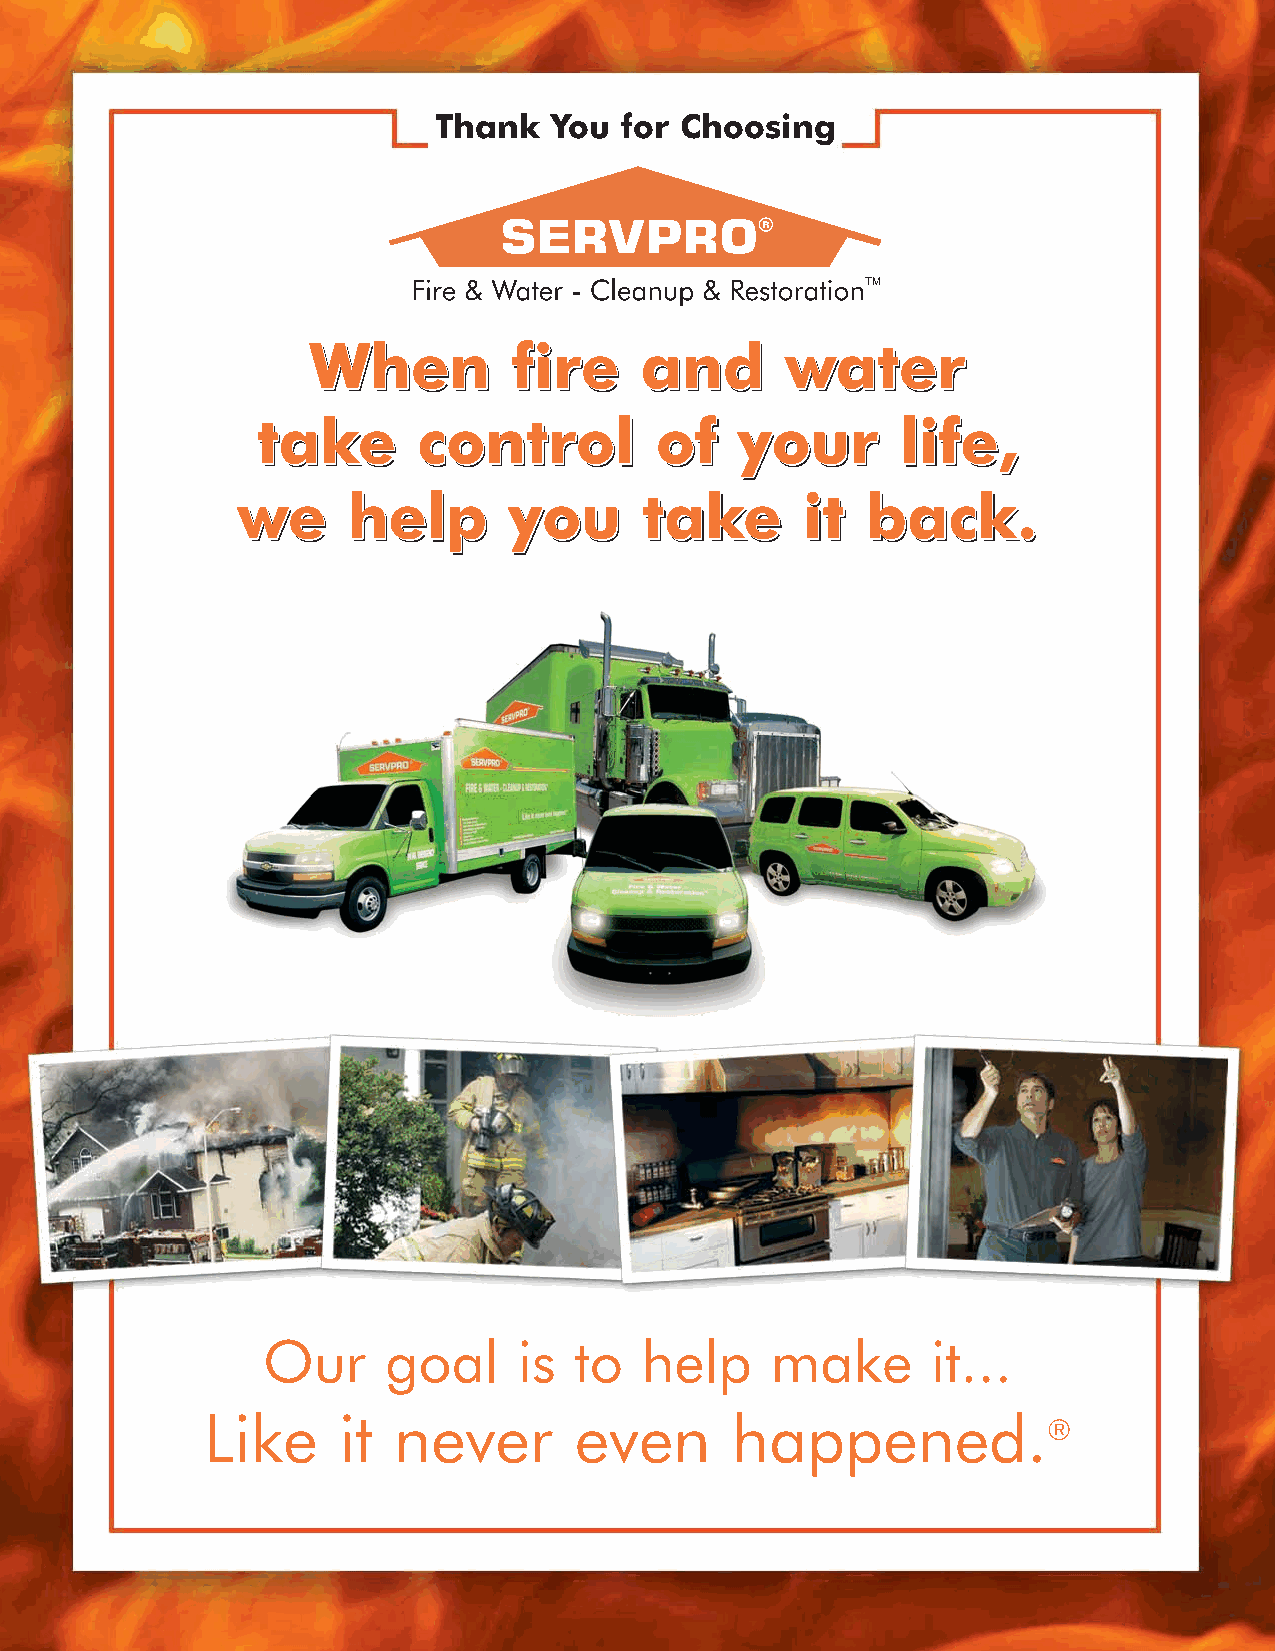
Thank   You for Choosing
 WWWhhheeennn  fffiiirrreee aaannnddd wwwaaattteeerrr
 tttaaakkkeee cccooonnntttrrrooolll ooofff yyyooouuurrr llliiifffeee,,,
 wwweee hhheeelllppp yyyooouuu tttaaakkkeee iiittt bbbaaaccckkk...
 Our     goal     is  to  help     make       it...
 Like     it  never       even      happened.
 ®